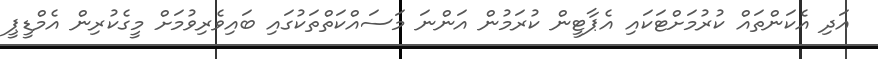
އަދި އެކަންތައް ކުރުމަށްޓަކައި އެޕާޓީން ކުރަމުން އަންނަ މަސައްކަތްތަކުގައި ބައިވެރިވުމަށް މީގެކުރިން އެމްޑީޕީ